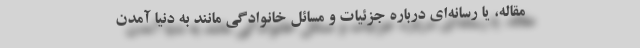
مقاله، یا رسانه‌ای درباره جزئیات و مسائل خانوادگی مانند به دنیا آمدن